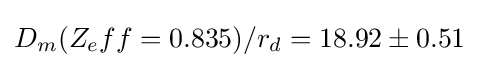
D_{m}(Z_{e}ff=0.835)/r_{d}=18.92\pm 0.51